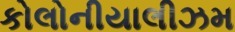
કોલોનીયાલીઝમ